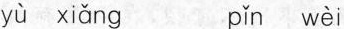
yù xiǎng pǐn wèi